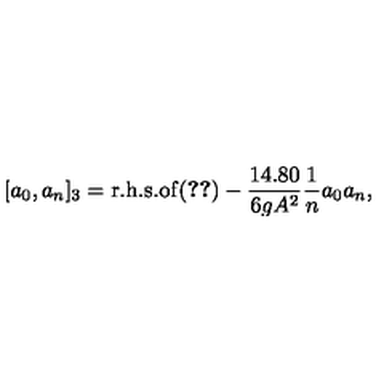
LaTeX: [ a _ { 0 } , a _ { n } ] _ { 3 } = \mathrm { r . h . s . o f } ( \ref { e x p l i c i t } ) - { \frac { 1 4 . 8 0 } { 6 g A ^ { 2 } } } { \frac { 1 } { n } } a _ { 0 } a _ { n } ,